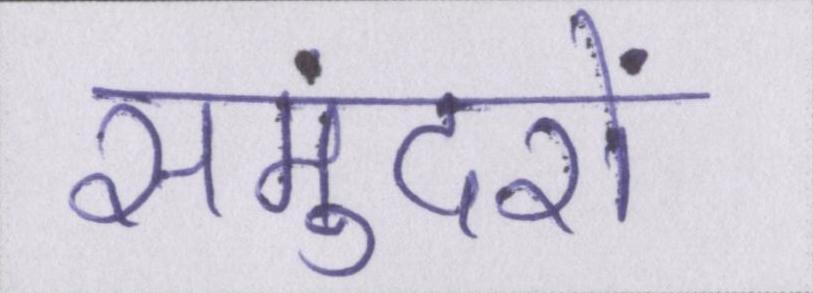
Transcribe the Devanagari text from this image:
समुंदरों